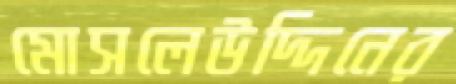
মোসলেউদ্দিনের